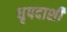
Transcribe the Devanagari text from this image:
धृपदाशी